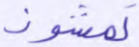
تمشون